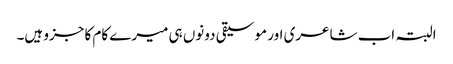
البتہ اب شاعری اور موسیقی دونوں ہی میرے کام کا جزو ہیں۔